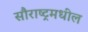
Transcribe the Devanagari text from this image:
सौराष्ट्रमधील